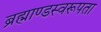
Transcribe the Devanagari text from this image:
ब्रह्माण्डस्वरूपता